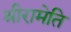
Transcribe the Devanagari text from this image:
श्रीरामेति